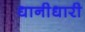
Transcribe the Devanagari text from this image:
धानीधारी